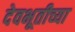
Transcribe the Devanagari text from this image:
देवभूतीच्या